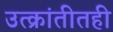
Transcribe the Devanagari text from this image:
उत्क्रांतीतही